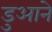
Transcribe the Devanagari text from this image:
डुआने